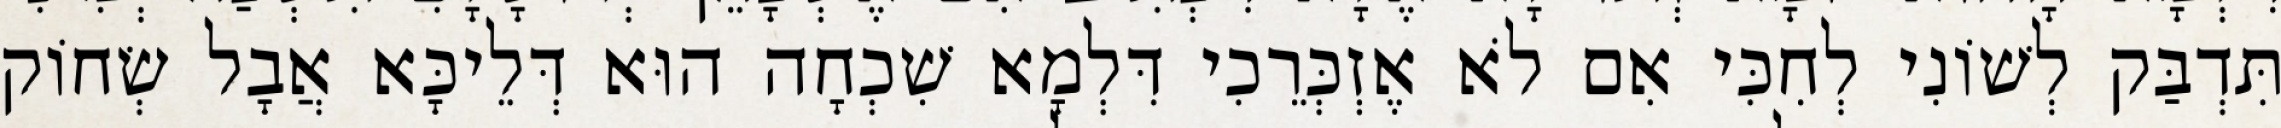
תִּדְבַּק לְשׁוֹנִי לְחִכִּי אִם לֹא אֶזְכְּרֵכִי דִּלְמָא שִׁכְחָה הוּא דְּלֵיכָּא אֲבָל שְׂחוֹק